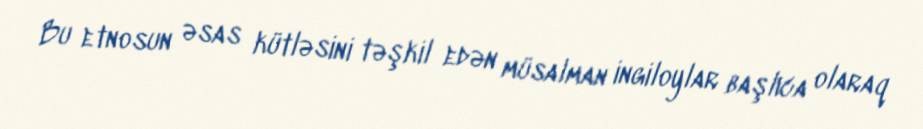
Bu etnosun əsas kütləsini təşkil edən müsalman ingiloylar başlıca olaraq